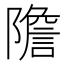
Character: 𨼮